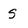
Character: S